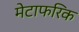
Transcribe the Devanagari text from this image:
मेटाफरिक